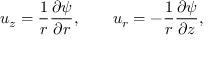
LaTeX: u _ { z } = { \frac { 1 } { r } } { \frac { \partial \psi } { \partial r } } , \qquad u _ { r } = - { \frac { 1 } { r } } { \frac { \partial \psi } { \partial z } } ,